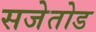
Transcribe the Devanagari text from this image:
सजेतोड